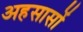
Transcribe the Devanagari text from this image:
अहसासों